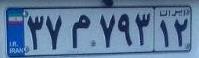
۳۷م۷۹۳۱۲